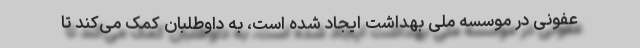
عفونی در موسسه ملی بهداشت ایجاد شده است، به داوطلبان کمک می‌کند تا